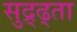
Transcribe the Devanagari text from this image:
सुद्र्ढ्ता